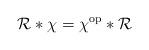
LaTeX: \begin{align*}\mathcal{R}*\chi=\chi^{\mathrm{op}}*\mathcal{R} \end{align*}